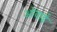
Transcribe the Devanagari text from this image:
ओवाई